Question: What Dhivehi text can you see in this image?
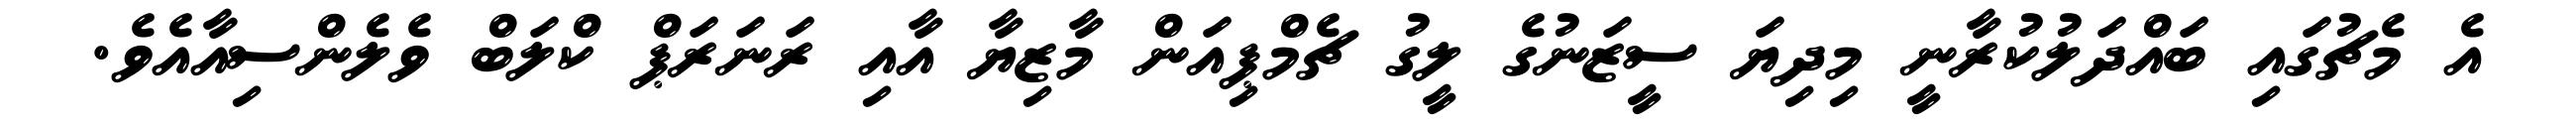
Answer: އެ މެޗުގައި ބައްދަލުކުރާނީ މިދިޔަ ސީޒަނުގެ ލީގު ޗެމްޕިއަން މާޒިޔާ އާއި ރަނަރަޕް ކްލަބް ވެލެންސިއާއެވެ.